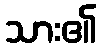
သား၏